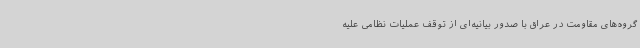
گروه‌های مقاومت در عراق با صدور بیانیه‌ای از توقف عملیات نظامی علیه